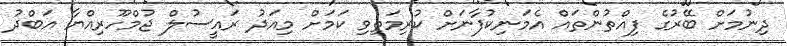
ދިނުމަށް ބޭރުގެ ފިއްތުންތައް އެމަނިކުފާނަށް ކުރިމަތިވި ކަމަށް މިއަދު ރައީސުލް ޖުމްހޫރިއްޔާ އަބްދު